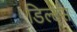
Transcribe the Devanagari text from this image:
डिल्ट्स